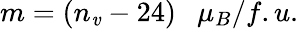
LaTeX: m=(n_{\mathit{v}}-24)\ \ \ \mu_{B}/f.u.